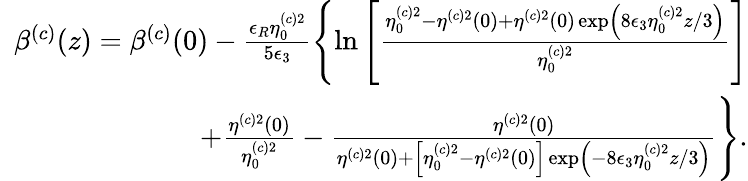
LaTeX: \begin{array}{rlr}&{}&{\! \! \! \! \! \! \! \! \! \beta^{(c)}(z)=\beta^{(c)}(0)-\frac{\epsilon_{R}\eta_{0}^{(c)2}}{5\epsilon_{3}}\left\{ \ln\left[\frac{\eta_{0}^{(c)2}-\eta^{(c)2}(0)+\eta^{(c)2}(0)\exp\left(8\epsilon_{3}\eta_{0}^{(c)2}z/3\right)}{\eta_{0}^{(c)2}}\right]\right.}\\ &{}&{\! \! \! \! \! \! \! \! \! \left.+\frac{\eta^{(c)2}(0)}{\eta_{0}^{(c)2}}-\frac{\eta^{(c)2}(0)}{\eta^{(c)2}(0)+\left[\eta_{0}^{(c)2}-\eta^{(c)2}(0)\right]\exp\left(-8\epsilon_{3}\eta_{0}^{(c)2}z/3\right)}\right\} .}\end{array}